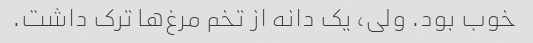
خوب بود. ولی، یک دانه از تخم مرغ‌ها ترک داشت.